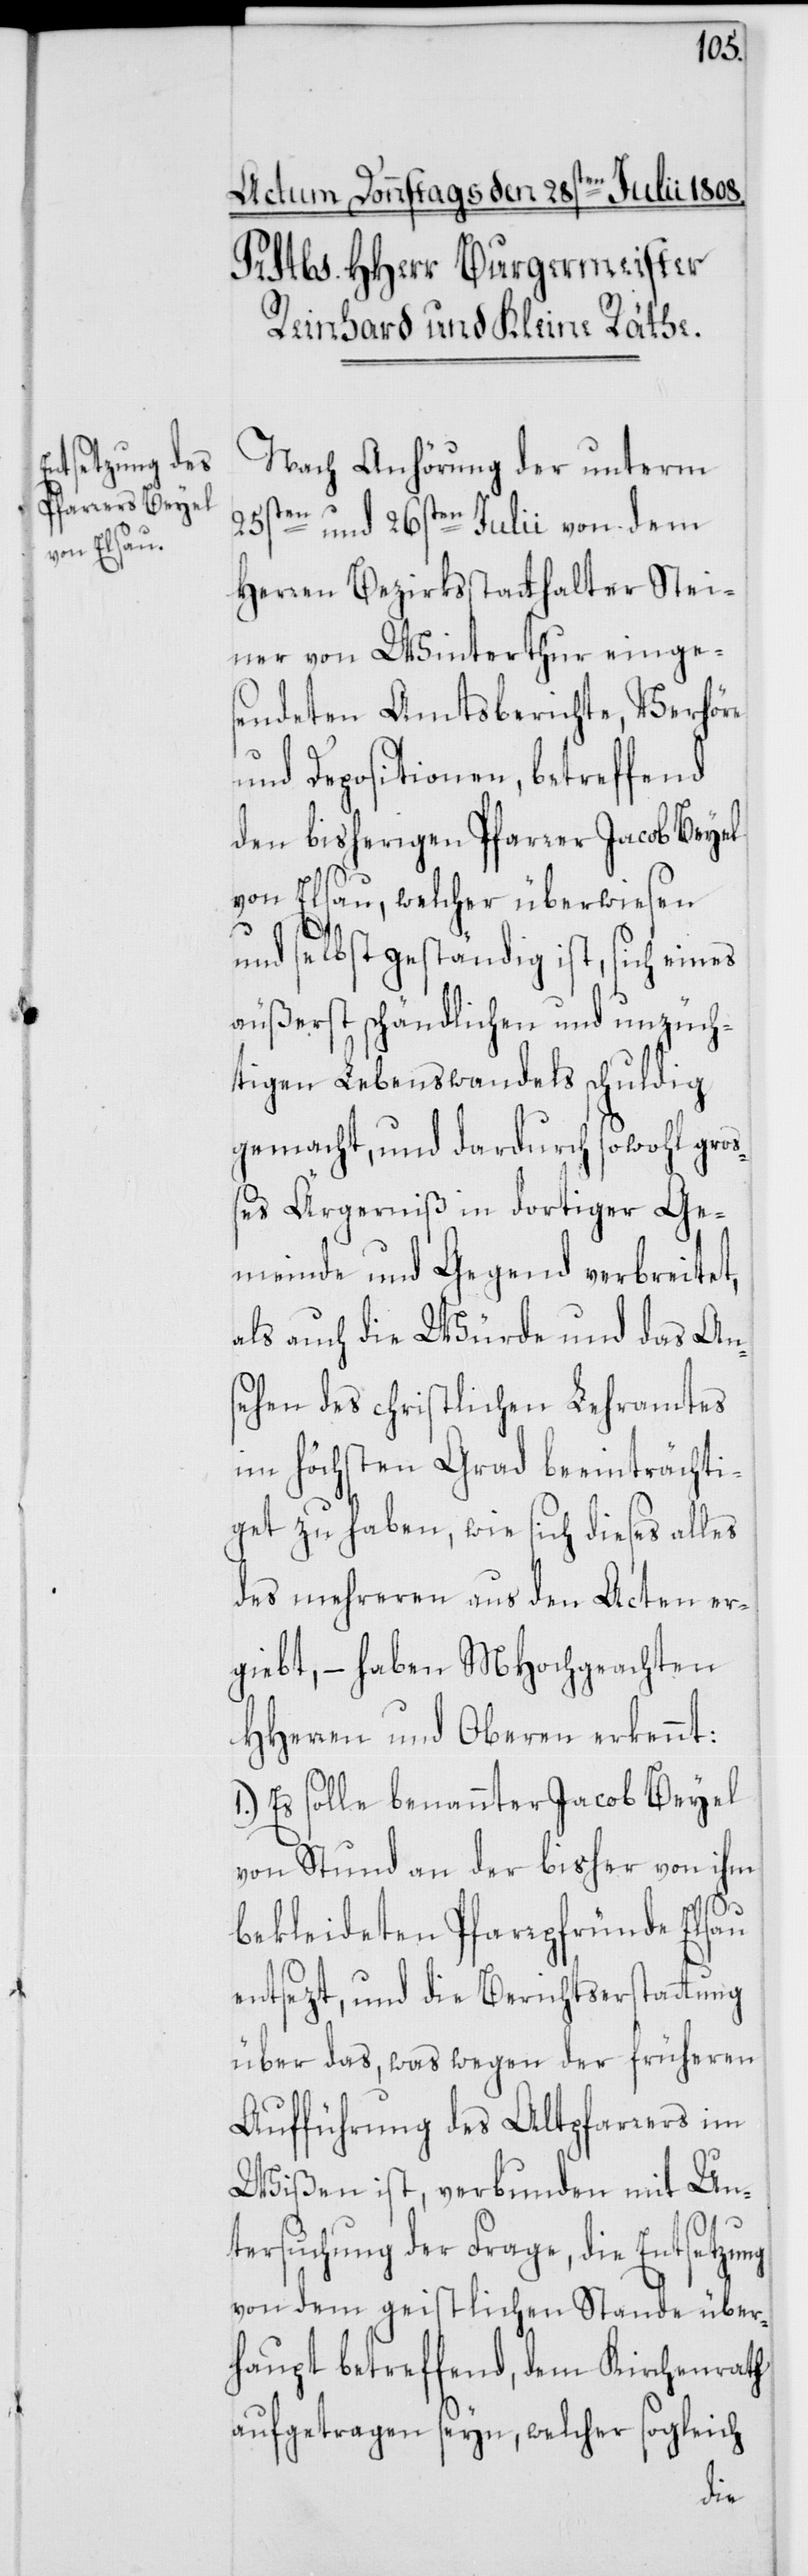
Nach Anhörung der unterm
25sten und 26sten Julii von dem
Herren Bezirksstatthalter Stei¬
ner von Winterthur einge¬
sendeten Amtsberichte, Verhöre
und Depositionen, betreffend
den bisherigen Pfarrer Jacob Beyel
von Elsau, welcher überwiesen
und selbst geständig ist, sich eines
äußerst schändlichen und unzüch¬
tigen Lebenswandels schuldig
gemacht, und dadurch sowohl groß¬
es Ärgerniß in dortiger Ge¬
meinde und Gegend verbreitet,
als auch die Würde und das Ans¬
ehen des christlichen Lehramtes
im höchsten Grad beeinträchti¬
get zu haben, wie sich dieses alles
des mehreren aus den Acten er¬
giebt, – haben MHochgeachten
HHerren und Oberen erkennt:
1.) Es solle benannter Jacob Beyel
von Stund an der bisher von ihm
bekleideten Pfarrpfründe Elsau
entsezt, und die Berichtserstattung
über das, was wegen der früheren
Aufführung des Altpfarrers im
Wißen ist, verbunden mit Un¬
tersuchung der Frage, die Entsetzung
von dem geistlichen Stande über¬
haupt betreffend, dem Kirchenrath
aufgetragen seyn, welcher sogleich